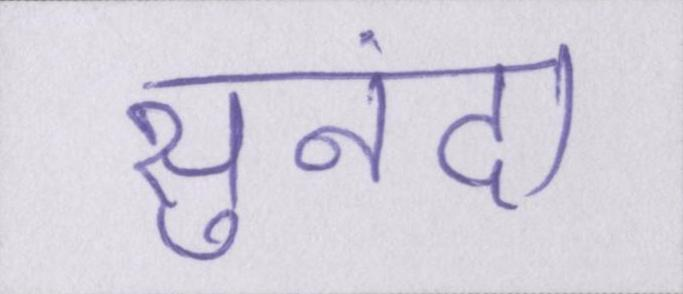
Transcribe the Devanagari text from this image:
सुनंदा